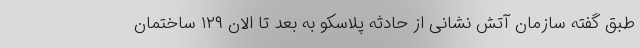
طبق گفته سازمان آتش نشانی از حادثه پلاسکو به بعد تا الان ۱۲۹ ساختمان